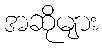
အဆိုများ